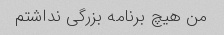
من هیچ برنامه بزرگی نداشتم